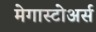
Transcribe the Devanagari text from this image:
मेगास्टोअर्स